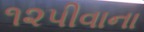
૧૨પીવાના